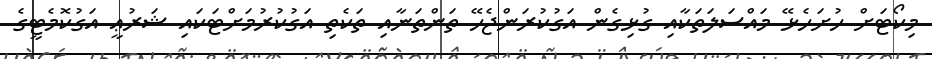
މިކޯޓަށް ހުށަހެޅޭ މައްސަލަތަކާއި ގުޅިގެން އަގުކުރަންޖެހޭ ތަންތަނާއި ތަކެތި އަގުކުރުމަށްޓަކައި ޝަރުޢީ އަގުކޮމެޓީގެ